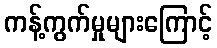
ကန့်ကွက်မှုများကြောင့်